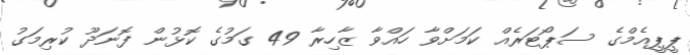
ޕީޕީއެމްގެ ސަޕޯޓަރެއް ކަމަށްވާ ހައްވާ ޒާހިރާ 49 ގަމުގެ ކޮޅުން ފޮނަދޫ ކުރިމަގު